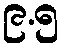
၉.၅